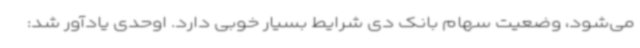
می‌شود، وضعیت سهام بانک دی شرایط بسیار خوبی دارد. اوحدی یادآور شد: